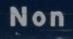
non